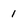
Character: 1